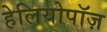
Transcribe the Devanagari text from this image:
हेलियोपॉज़